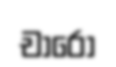
චාරෝ